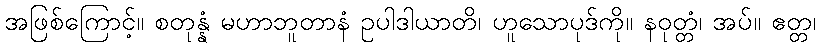
အဖြစ်ကြောင့်။ စတုန္နံ မဟာဘူတာနံ ဥပါဒါယာတိ၊ ဟူသောပုဒ်ကို။ နဝုတ္တံ၊ အပ်။ ဧတ္တ၊